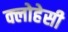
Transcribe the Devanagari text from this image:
क्लोहेसी